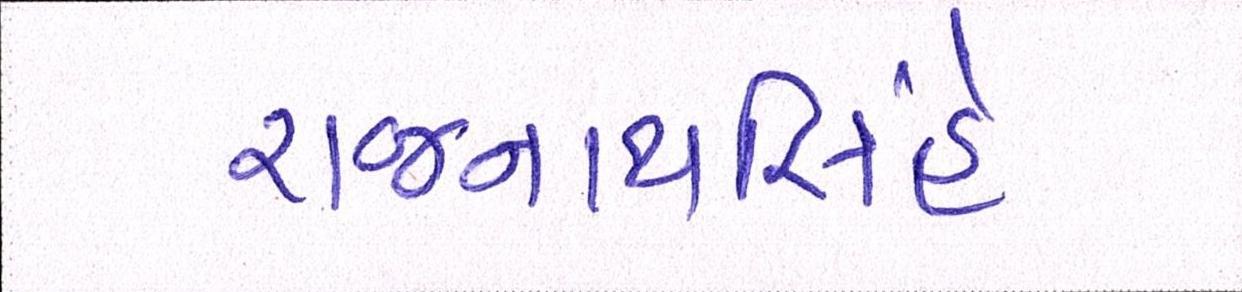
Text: રાજનાથસિંહે